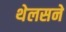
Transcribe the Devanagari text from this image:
थेलसने